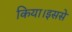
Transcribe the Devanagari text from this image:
किया।इससे